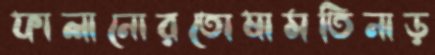
ফালানোরতোষামতিনাড়